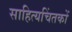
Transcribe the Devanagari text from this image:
साहित्यचिंतकों